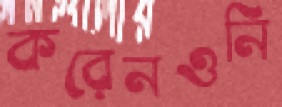
করেনওনি